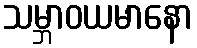
သမ္ဘာဝယမာနော